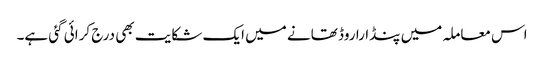
اس معاملہ میں پنڈارا روڈ تھانے میں ایک شکایت بھی درج کرائی گئی ہے۔